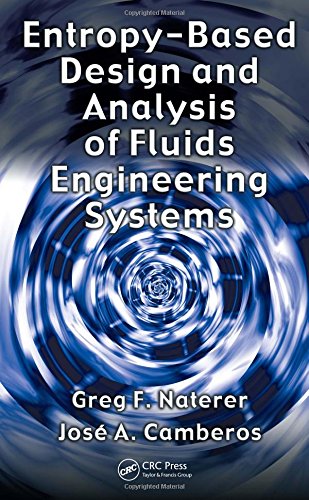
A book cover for Entropy Based Design and Analysis of Fluids Engineering Systems; Greg F. Naterer; Science & Math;